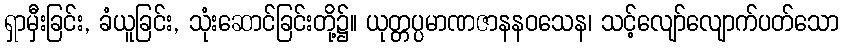
ရှာမှီးခြင်း, ခံယူခြင်း, သုံးဆောင်ခြင်းတို့၌။ ယုတ္တပ္ပမာဏဇာနနဝသေန၊ သင့်လျော်လျောက်ပတ်သော